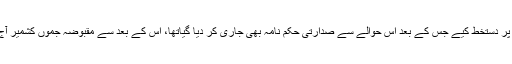
بھارت کے صدر نے کشمیر سے متعلق 4 نکاتی ترامیم پر دستخط کیے جس کے بعد اس حوالے سے صدارتی حکم نامہ بھی جاری کر دیا گیاتھا، اس کے بعد سے مقبوضہ جموں کشمیر آج سے بھارتی یونین کا علاقہ تصور کیا جائے جارہا ہے۔